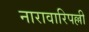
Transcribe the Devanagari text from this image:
नारावारिपल्ली